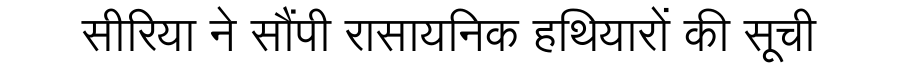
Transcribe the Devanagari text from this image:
सीरिया ने सौंपी रासायनिक हथियारों की सूची